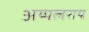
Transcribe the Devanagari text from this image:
अय्यलराय